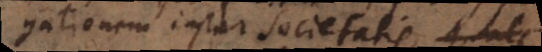
aggregationem instar societatis, quale